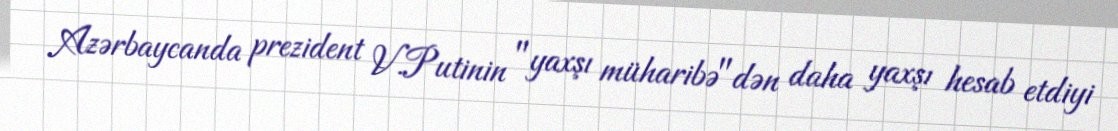
Azərbaycanda prezident V.Putinin "yaxşı müharibə"dən daha yaxşı hesab etdiyi